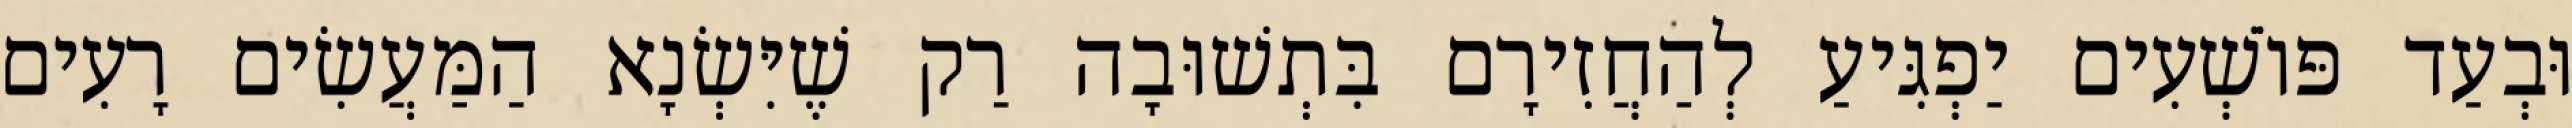
וּבְעַד פּוֹשְׁעִים יַפְגִּיעַ לְהַחֲזִירָם בִּתְשׁוּבָה רַק שֶׁיִּשְׂנָא הַמַּעֲשִׂים רָעִים